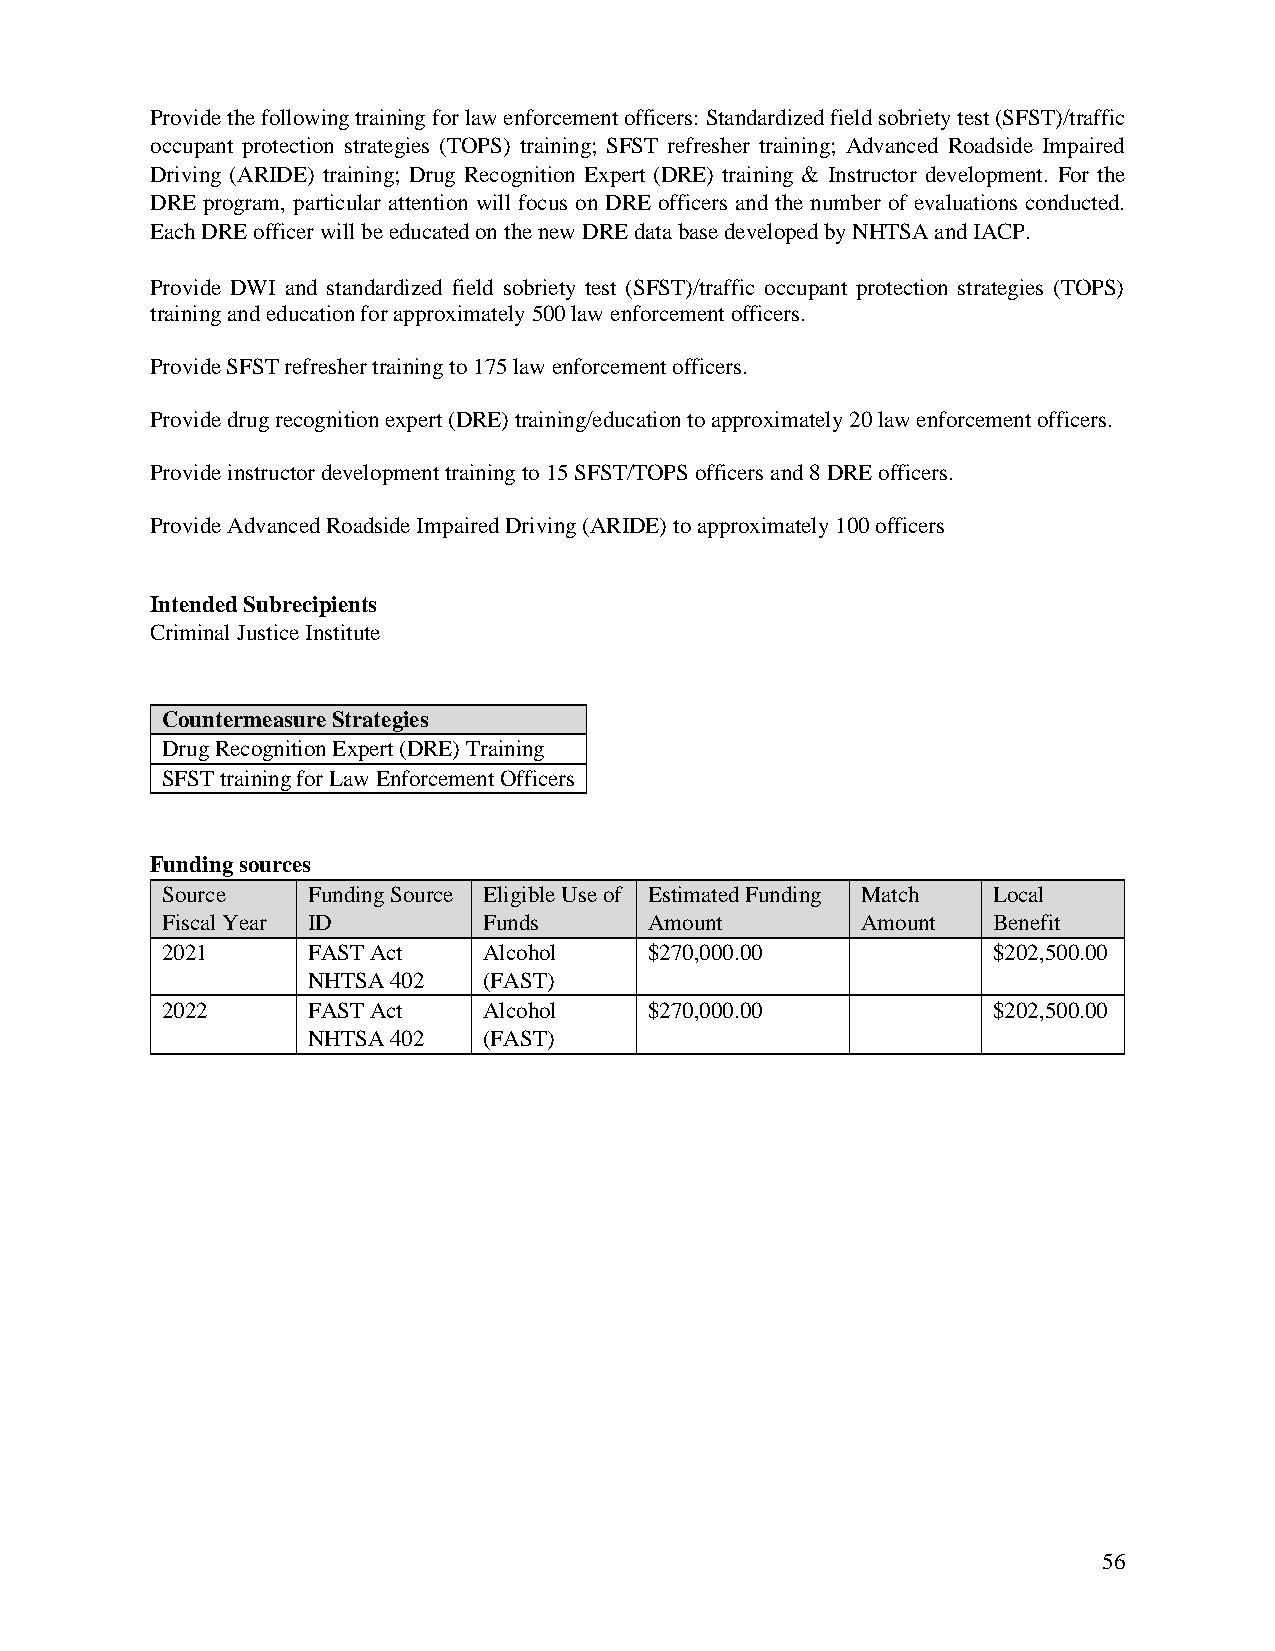
Provide the following training for law enforcement officers: Standardized field sobriety test (SFST)/traffic
 occupant protection strategies (TOPS) training; SFST refresher training; Advanced Roadside Impaired
 Driving (ARIDE) training; Drug Recognition Expert (DRE) training & Instructor development. For the
 DRE program, particular attention will focus on DRE officers and the number of evaluations conducted.
 Each DRE officer will be educated on the new DRE data base developed by NHTSA and IACP.
 Provide DWI and standardized field sobriety test (SFST)/traffic occupant protection strategies (TOPS)
 training and education for approximately 500 law enforcement officers.
 Provide SFST refresher training to 175 law enforcement officers.
 Provide drug recognition expert (DRE) training/education to approximately 20 law enforcement officers.
 Provide instructor development training to 15 SFST/TOPS officers and 8 DRE officers.
 Provide Advanced Roadside Impaired Driving (ARIDE) to approximately 100 officers
 Intended Subrecipients
 Criminal Justice Institute
 Countermeasure Strategies
 Drug Recognition Expert (DRE) Training
 SFST training for Law Enforcement Officers
 Funding sources
 Source   Funding Source Eligible Use of Estimated Funding Match Local
 Fiscal Year ID       Funds      Amount        Amount   Benefit
 2021     FAST Act    Alcohol    $270,000.00            $202,500.00
 NHTSA 402   (FAST)
 2022     FAST Act    Alcohol    $270,000.00            $202,500.00
 NHTSA 402   (FAST)
 56